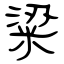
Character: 粱